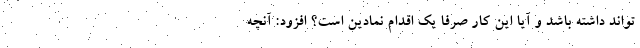
تواند داشته باشد و آیا این کار صرفا یک اقدام نمادین است؟ افزود: آنچه